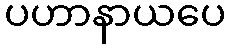
ပဟာနာယပေ